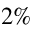
2 \%